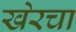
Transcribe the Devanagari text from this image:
खेरचा